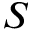
S